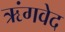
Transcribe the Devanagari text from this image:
ऋंगवेद